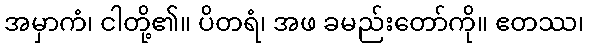
အမှာကံ၊ ငါတို့၏။ ပိတရံ၊ အဖ ခမည်းတော်ကို။ ဧတဿ၊